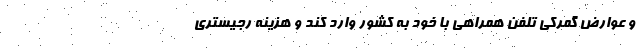
و عوارض گمرکی تلفن همراهی با خود به کشور وارد کند و هزینه رجیستری